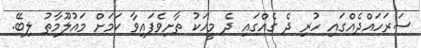
ސަރަހައްދެއްގައި ހުރި ދެ ގެއްގައި ދެ މީހަކު ތާށިވެފައިވާ ކަމަށް މައުލޫމާތު ލިބޭ.